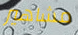
مشاهير